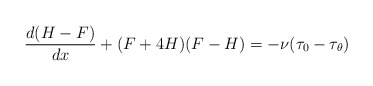
\begin{align*}\frac{ d (H - F)}{ d x} + ( F + 4 H) (F - H) = - \nu( \tau_0 - \tau_{\theta} )\end{align*}